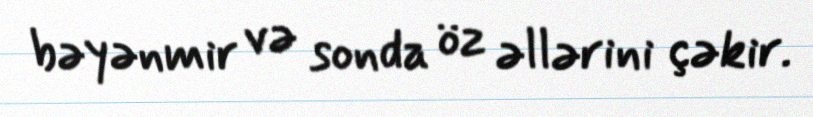
bəyənmir və sonda öz əllərini çəkir.